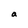
Character: a